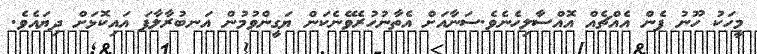
މީހަކު ހޫނު ފެން އެއްޗެއް އޮއްސާލިހެނެވެ.ސަނާއަށް އެތާނުހުރެވޭނެކަން ޔަގީންވުމުން އަނބުރާލާފަ އައިކޮޅަށް ދިޔައެވެ.